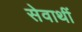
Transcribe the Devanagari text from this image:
सेवाथीं